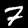
Label: 7